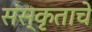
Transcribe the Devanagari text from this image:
संस्कृताचे